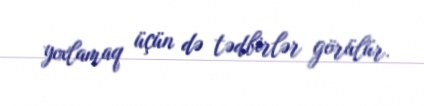
yoxlamaq üçün də tədbirlər görülür.